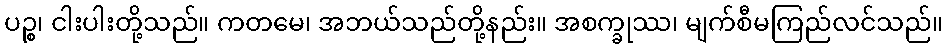
ပဉ္စ၊ ငါးပါးတို့သည်။ ကတမေ၊ အဘယ်သည်တို့နည်း။ အစက္ခုဿ၊ မျက်စီမကြည်လင်သည်။